Problem: 18 + 22 = ?
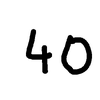
Handwritten answer: 40